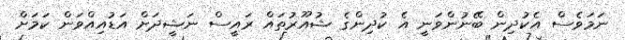
ނަމަވެސް އެކުދިން ބޭނުންވަނީ އެ ކުދިންގެ ޝުއޫރުތައް ރައީސް ނަޝީދަށް އަޑުއިއްވަން ކަމަށް